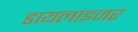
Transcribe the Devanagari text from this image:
डायलाइजर